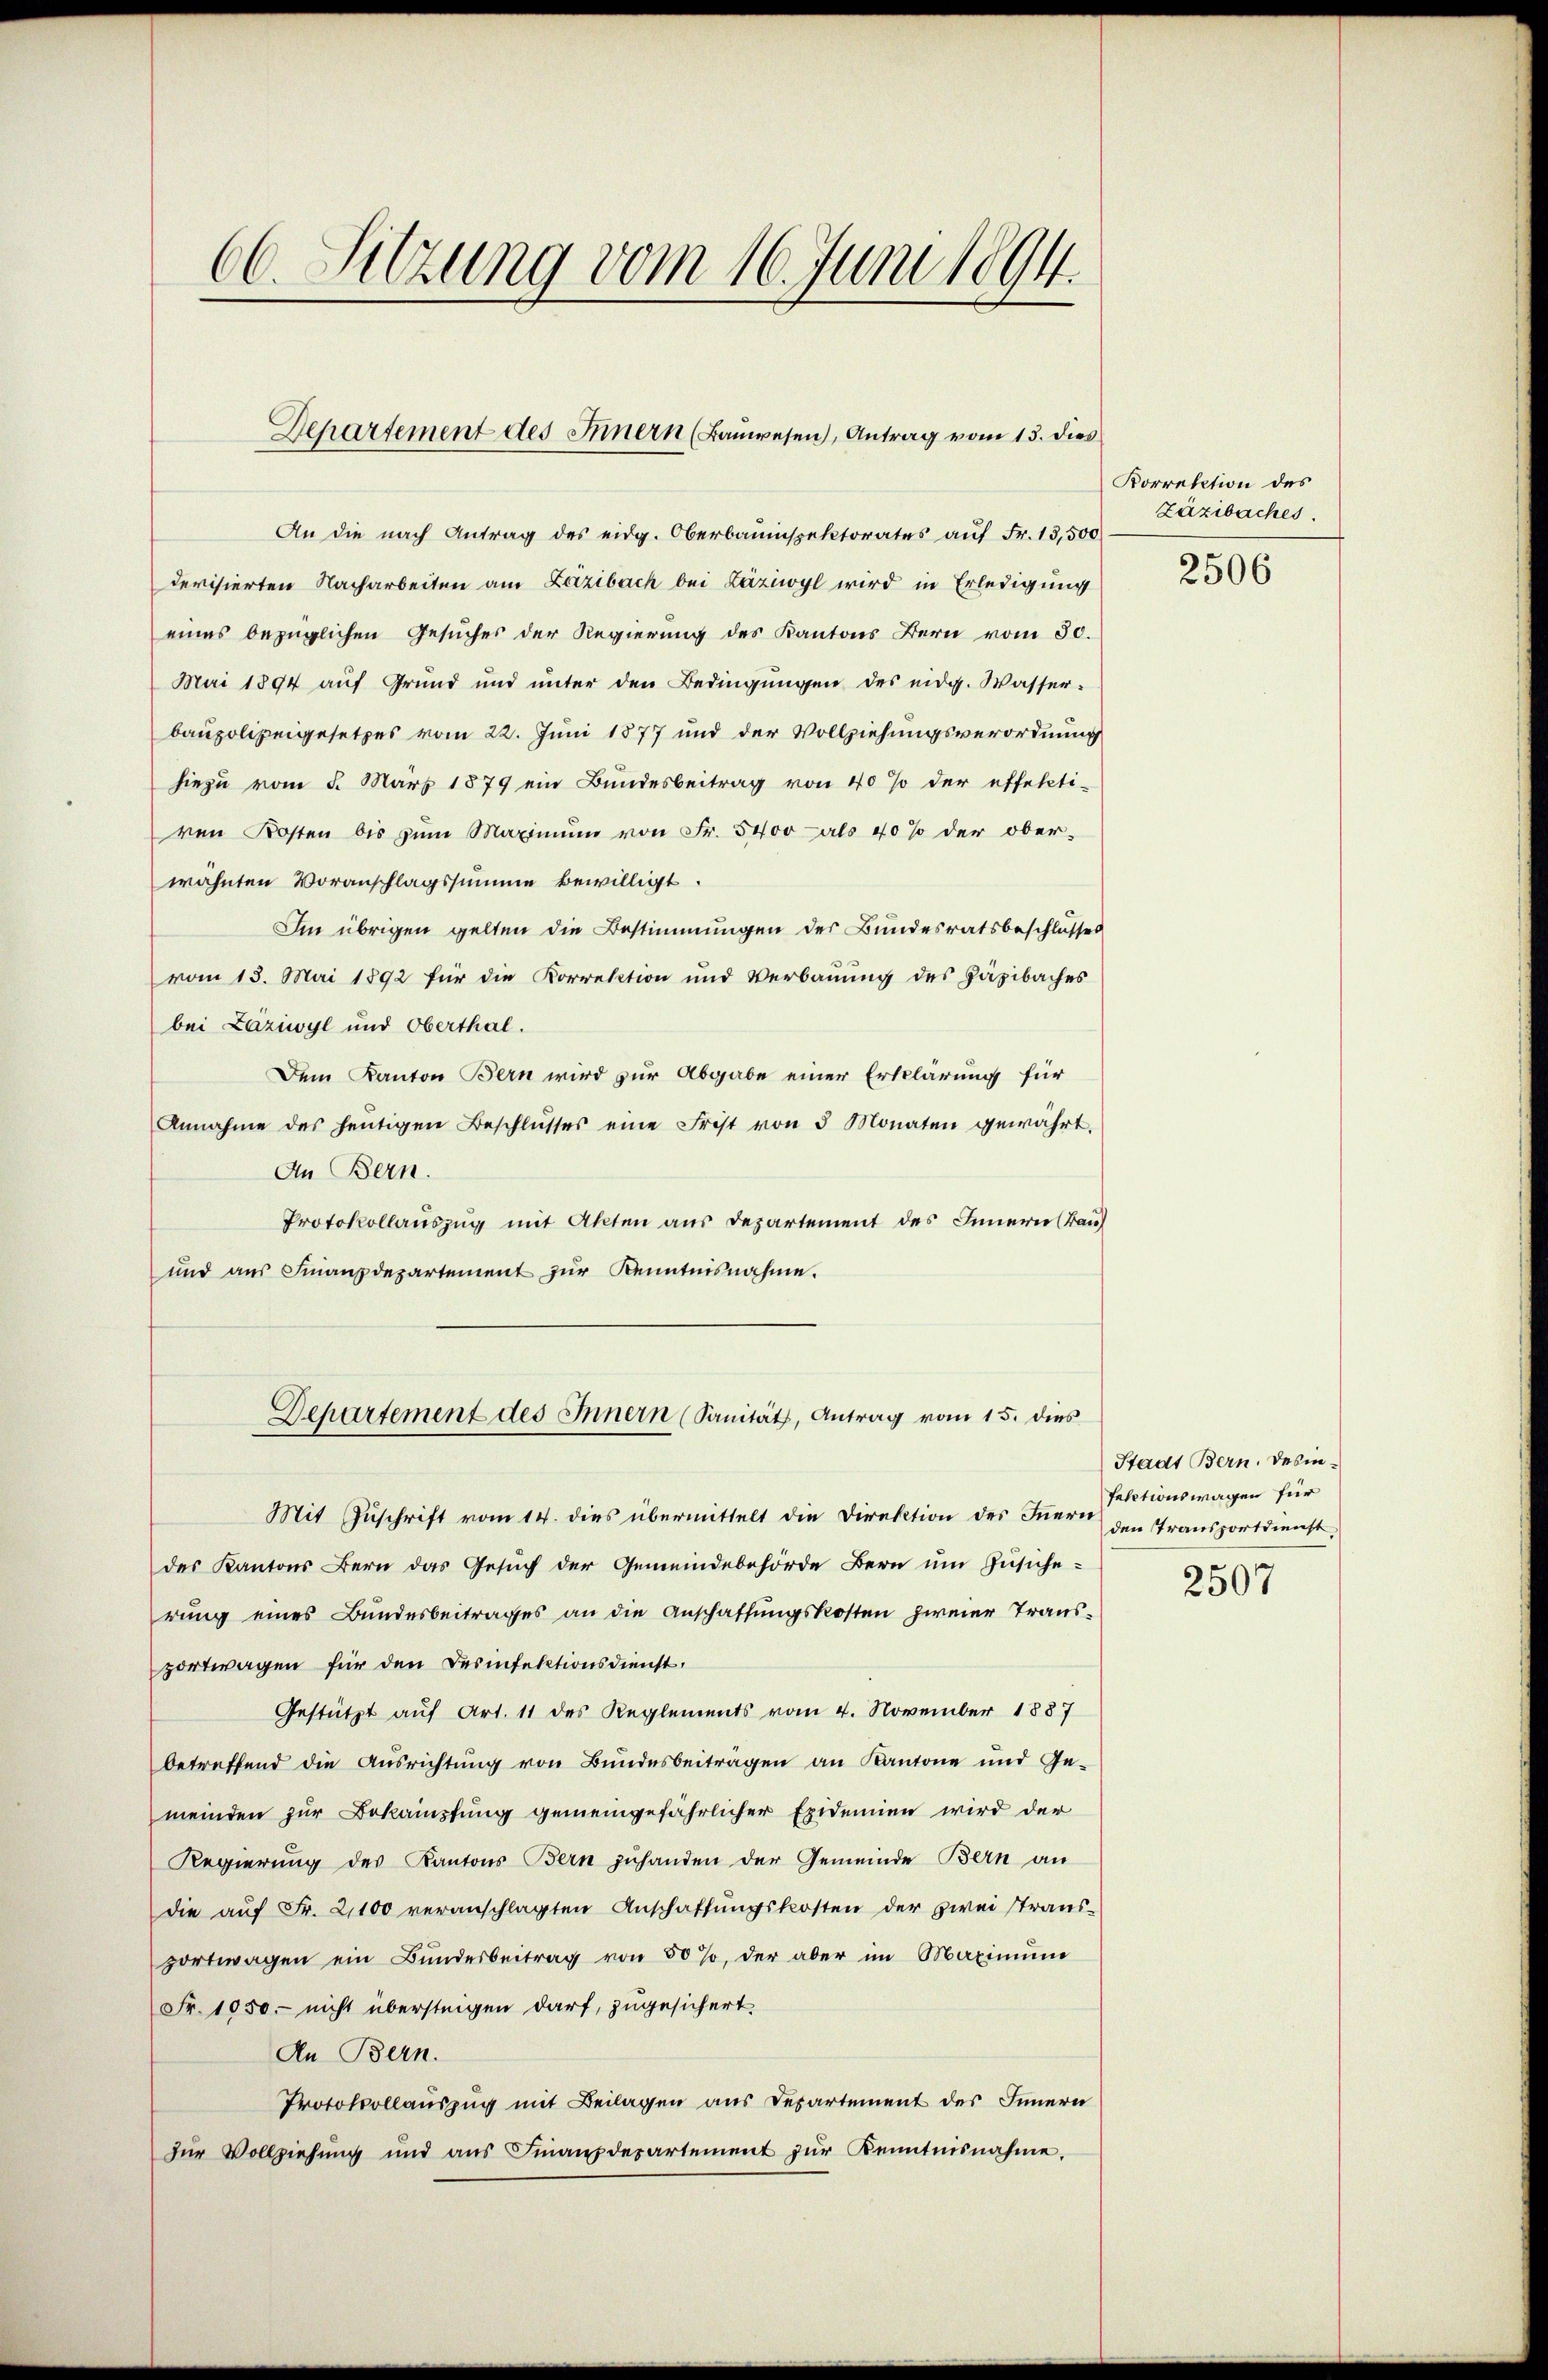
66. Sitzung vom 16. Juni 1894.

Departement des Innern (Baŭwesen), Antrag vom 13. dies

An die nach Antrag des eidg. Oberbauinspektorates auf Fr. 13,500
devisierten Nacharbeiten am Lazibach bei Läziwyl wird in Erledigung
eines bezüglichen Gesuches der Regierung des Kantons Bern vom 30.
Mai 1894 auf Grund und unter den Bedingungen des eidg. Wasserbaupolizeigesetzes vom 22. Juni 1877 und der Vollziehungsverordnung
hiezu vom 5. März 1879 ein Bundesbeitrag von 40% der effekti-
ren Kosten bis zŭm Maximŭm von Fr. 5400 als 40% der ober-
wähnten Voranschlagssumme bewilligt.
Im übrigen gelten die Bestimmungen der Bundesratsbeschlusses
vom 13. Mai 1892 für die Korrektion und Verbauung des Häpibaches
bei Laziwyl und Oberthal.
Dem Kanton Bern wird zur Abgabe einer Erklärung für
Annahme des heŭtigen Beschlŭsses eine Frist von 3 Monaten gewährt.
An Bern.
Protokollauszug mit Akten aus Departement des Innern (Bau
und aŭs Finanzdepartement zŭr Kenntnisnahme.
Departement des Innern (Sanität, Antrag vom 15. dies
Mit Zuschrift vom 14. dies übermittelt die Direktion des Innern den Transportdienst,
des Kantons Bern das Gesuch der Gemeindebehörde Bern um Zusicherung eines Bundesbeitrages an die Anschaffungskosten zweier Transportwagen für den Desinfektionsdienst,
Gestützt auf Art. 11 des Reglements vom 4. November 1887
betreffend die Aŭsrichtŭng von Bŭndesbeiträgen an Kantone und Ge-
meinden zur Bekämpfung gemeingefährlicher Epidemien wird der
Regierung des Kantons Bern zuhanden der Gemeinde Bern an
die auf Fr. 21100 veranschlagten Anschaffungskosten der zwei Strans-
portwagen ein Bŭndesbeitrag von 50 %, der aber im Maximŭm
Fr. 1050.- nicht übersteigen darf, zugesichert.
An Bern.
Protokollauszug mit Beilagen aus Departement des Innern
zur Vollziehung und aus Finanzdepartement zur Kenntnisnahme.

Korrektion des
Zäzibaches.

2506

Stadt Bern. Desinfactionswagen für

2507